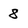
Character: 8